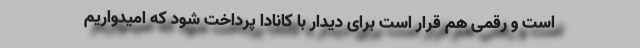
است و رقمی هم قرار است برای دیدار با کانادا پرداخت شود که امیدواریم